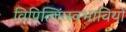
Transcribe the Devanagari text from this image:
विप्रित्लिंग्स्वभावियों